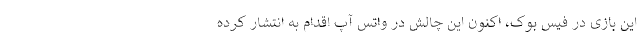
این بازی در فیس بوک، اکنون این چالش در واتس آپ اقدام به انتشار کرده